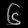
Digit: ၆